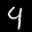
Label: 4